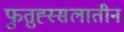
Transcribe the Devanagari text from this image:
फुतुह्स्सलातीन